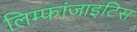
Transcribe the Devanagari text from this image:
लिम्फांजाइटिस